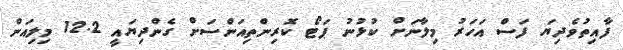
ފާއިތުވެދިޔަ ފަސް އަހަރު މިލާނަށް ކުޅުނު ޕަޓޯ ކޮރިންތިއަންސަށް ގެންދިޔައީ 12.2 މިލިއަން